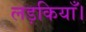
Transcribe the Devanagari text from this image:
लड़कियाँ।